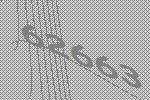
62663